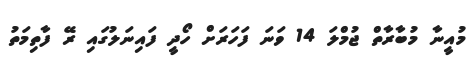
މުއީނާ މުބާރާތް ޖުމްލަ 14 ވަނަ ފަހަރަށް ހޯދީ ފައިނަލުގައި ރޭ ފާތިމަތު